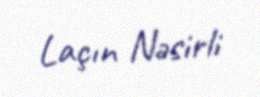
Laçın Nəsirli